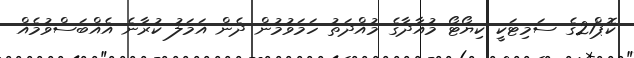
ކޮޕް21ގެ ސަމިޓަކީ ކިޔޯޓޯ މުއާދާގެ މުއްދަތު ހަމަވުމުން ދެން އަމަލު ކުރާނެ އެއްބަސްވުމެއް